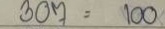
307 = 100